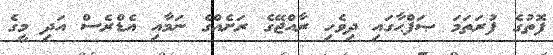
ފޮތުގެ ފުރަތަމަ ޞަފްޙާގައި ދިވެހި ރާއްޖޭގެ ރަށެއްގެ ނަމާއި އެޑްރެސް އަދި މީގެ